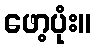
ဖော့ပုံး။